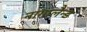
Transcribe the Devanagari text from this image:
नागालैन्ड